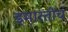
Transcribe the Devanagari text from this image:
इमारतीचं